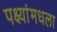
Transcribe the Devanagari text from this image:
पक्ष्यांमधला